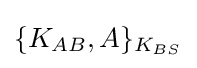
\{K_{AB},A\}_{K_{BS}}